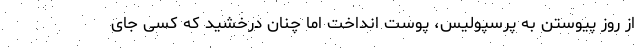
از روز پیوستن به پرسپولیس، پوست انداخت اما چنان درخشید که کسی جای